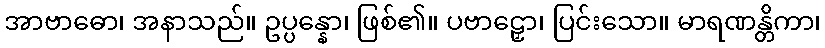
အာဗာဓော၊ အနာသည်။ ဥပ္ပန္နော၊ ဖြစ်၏။ ပဗာဠှော၊ ပြင်းသော။ မာရဏန္တိကာ၊